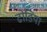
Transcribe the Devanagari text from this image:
ढोडिया